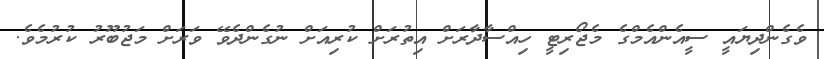
ވެގެންދިޔައީ ސީއެންއެމްގެ މެޖޯރިޓީ ހިއްސާދާރަށް އިތުރަށް ކުރިއަށް ނުގެންދެވޭ ވަރަށް މަޖުބޫރު ކުރުމެވެ.